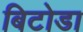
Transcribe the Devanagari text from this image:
बिटोडा